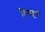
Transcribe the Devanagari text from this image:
टियाहुपो